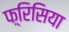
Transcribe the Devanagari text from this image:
फ़्रिसिया